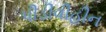
પીડીવીહીન